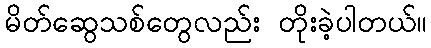
မိတ်ဆွေသစ်တွေလည်း တိုးခဲ့ပါတယ်။